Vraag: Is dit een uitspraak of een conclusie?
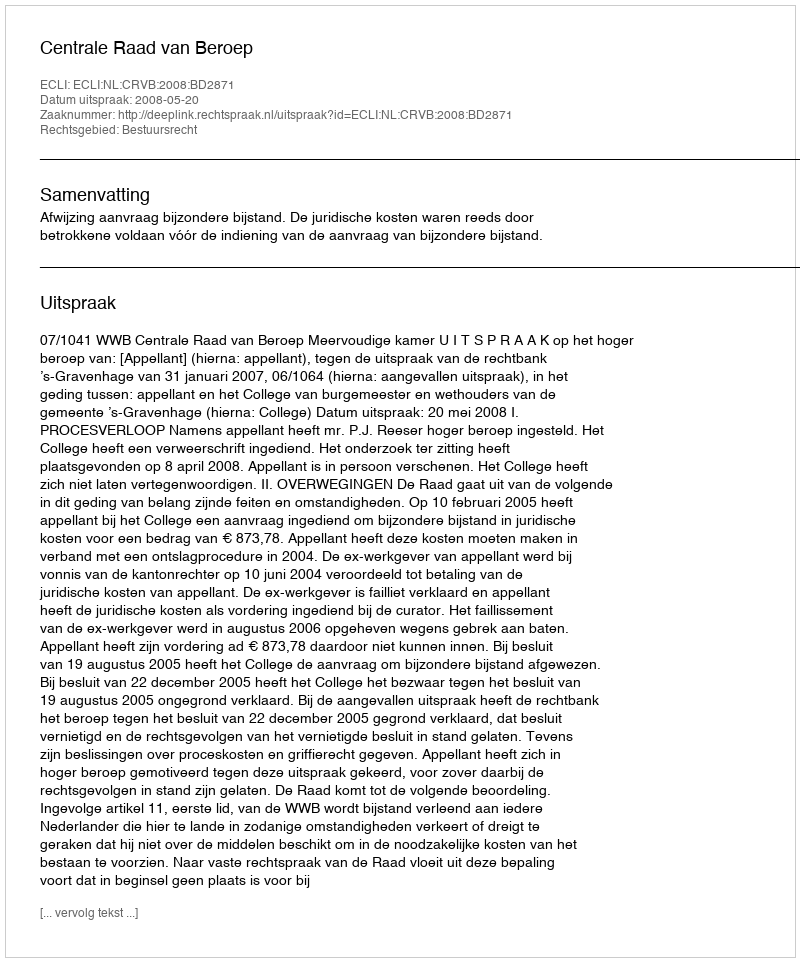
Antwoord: Uitspraak